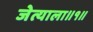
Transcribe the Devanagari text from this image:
जेत्याला॥१॥